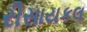
રીસાયકલ